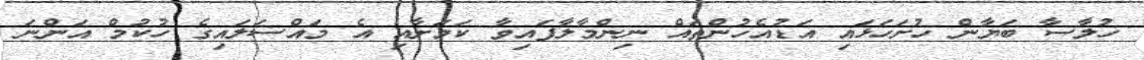
ހުލާސާ ބަޔާން ހުށަހަޅައި އަޑުއެހުންތައް ނިންމާލާފައިވާ ކަމަށާއި އެ މައްސަލައިގެ ހުކުމް އަންނަ